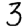
Digit: 3